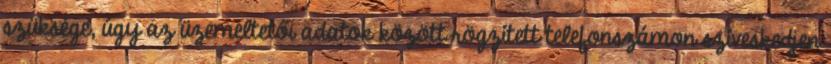
szüksége, úgy az üzemeltetői adatok között rögzített telefonszámon szíveskedjen